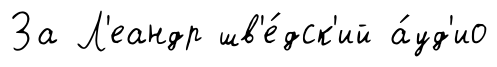
За Л'еандр шв'е́дск'ий а́уд'ио